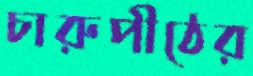
চারুপীঠের